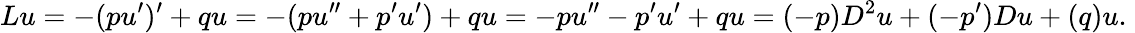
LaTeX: Lu=-(pu^{\prime})^{\prime}+qu=-(pu^{\prime\prime}+p^{\prime}u^{\prime})+qu=-pu^{\prime\prime}-p^{\prime}u^{\prime}+qu=(-p)D^{2}u+(-p^{\prime})Du+(q)u.\;